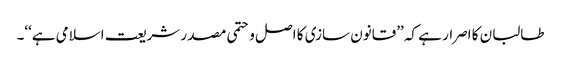
طالبان کا اصرار ہے کہ ’’قانون سازی کا اصل وحتمی مصدر شریعت اسلامی ہے‘‘۔